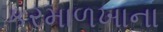
કરમાળખાના